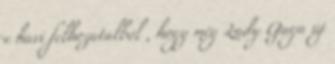
e havi felhozatalból , hogy még Lady Gaga új